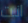
انت